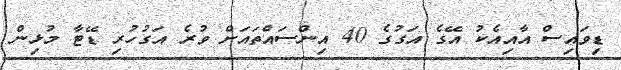
ޑިވައިސް އާއިއެކު އޭގެ އަގުގެ 40 އިންސައްތައަށް ވުރެ އަގުހުރި ޑޭޓާ މުޅިން